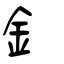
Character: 釒